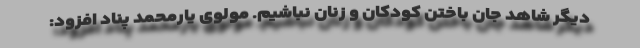
دیگر شاهد جان باختن کودکان و زنان نباشیم. مولوی یارمحمد پناد افزود: